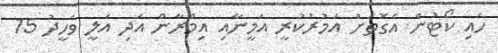
ހައި ކޯޓުން އެގޮތަށް އަމުރުކުރީ އަމީނާއި އިމްރާން އަދި އަލީ ވަހީދު 15